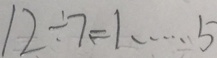
1 2 \div 7 = 1 \cdots 5